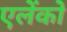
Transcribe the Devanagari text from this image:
एलेंको